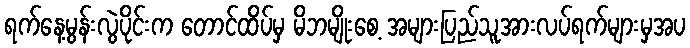
ရက်နေ့မွန်းလွဲပိုင်းက တောင်ထိပ်မှ မိဘမျိုးစေ့ အများပြည်သူအားလပ်ရက်များမှအပ